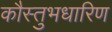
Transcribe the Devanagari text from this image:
कौस्तुभधारिण